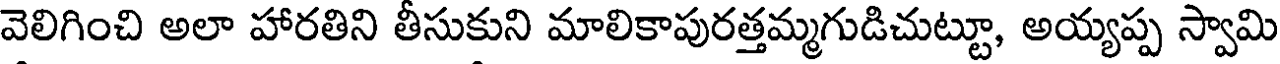
వెలిగించి అలా హారతిని తీసుకుని మాలికాపురత్తమ్మగుడిచుట్టూ, అయ్యప్ప స్వామి